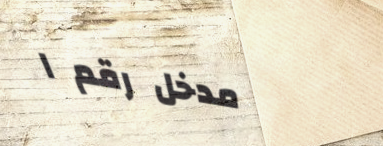
مدخل رقم ١